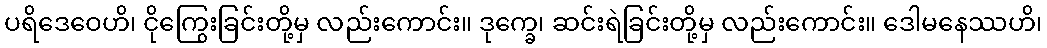
ပရိဒေဝေဟိ၊ ငိုကြွေးခြင်းတို့မှ လည်းကောင်း။ ဒုက္ခေ၊ ဆင်းရဲခြင်းတို့မှ လည်းကောင်း။ ဒေါမနေဿဟိ၊